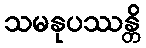
သမနုပဿန္တိ